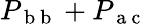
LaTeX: P_{\mathrm{~b~b~}}+P_{\mathrm{~a~c~}}